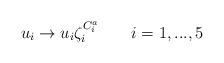
LaTeX: \begin{align*}u_{i}\rightarrow u_{i}\zeta _{i}^{C_{i}^{a}}\qquad i=1,...,5\end{align*}